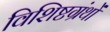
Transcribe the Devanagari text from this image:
विशिष्टग्रंथों